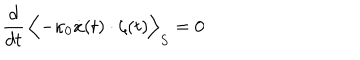
\frac { d } { d t } \, \Bigl < - \kappa _ { 0 } \dot { x } ( t ) \cdot \zeta ( t ) \Bigr > _ { S } = 0